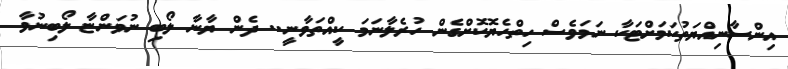
އިންސާނިއްޔަތުކަމަށްޓަކާ ނަމަވެސް ހިތްހެޔޮކޮށްގެން ހުރެލާނަމަ ކީއްތަވާނީ.. ދެން ޔާނާ ލޯބި ނުވަންޏާ ލޯބިނުވާ